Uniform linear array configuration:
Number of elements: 32
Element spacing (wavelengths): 0.75
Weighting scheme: hann
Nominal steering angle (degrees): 30
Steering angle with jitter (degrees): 31.985
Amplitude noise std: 0.05
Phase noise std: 0.05

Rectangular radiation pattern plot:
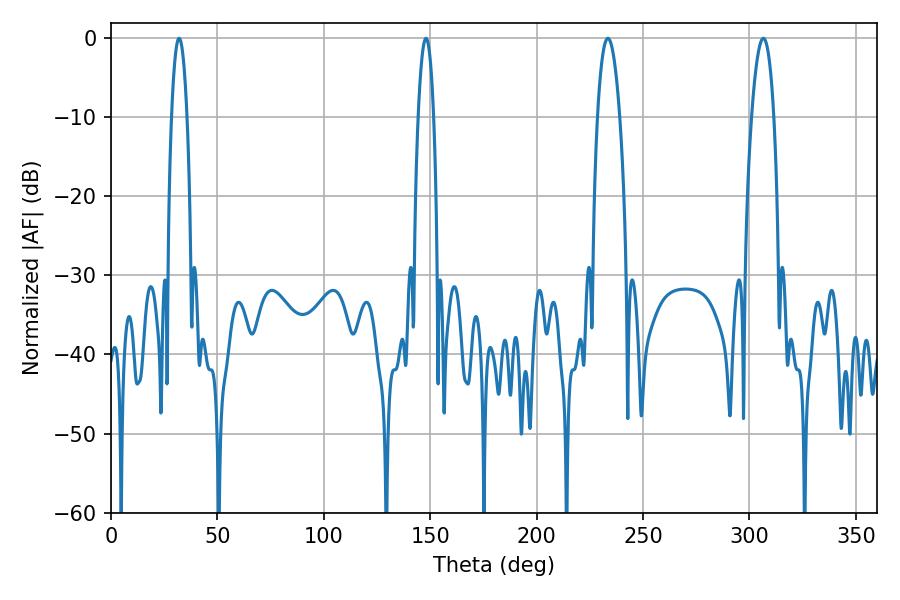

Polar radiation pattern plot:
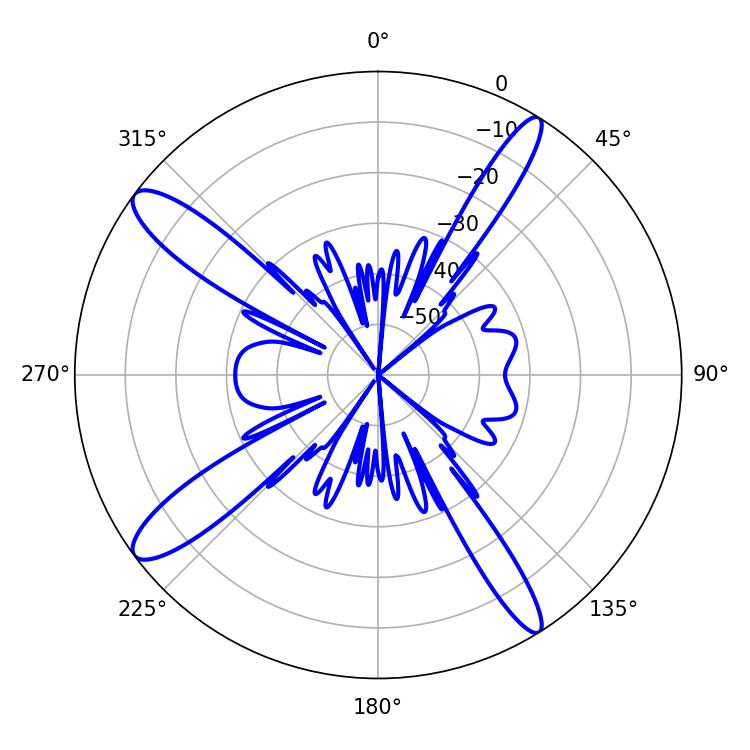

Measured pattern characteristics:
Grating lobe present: TRUE
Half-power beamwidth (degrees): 5.76
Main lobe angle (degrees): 233.46